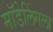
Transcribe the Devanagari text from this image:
मॉडेलिंगला